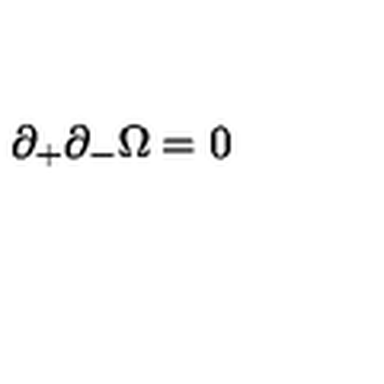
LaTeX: \partial _ { + } \partial _ { - } \Omega = 0 ~